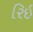
રિઇ